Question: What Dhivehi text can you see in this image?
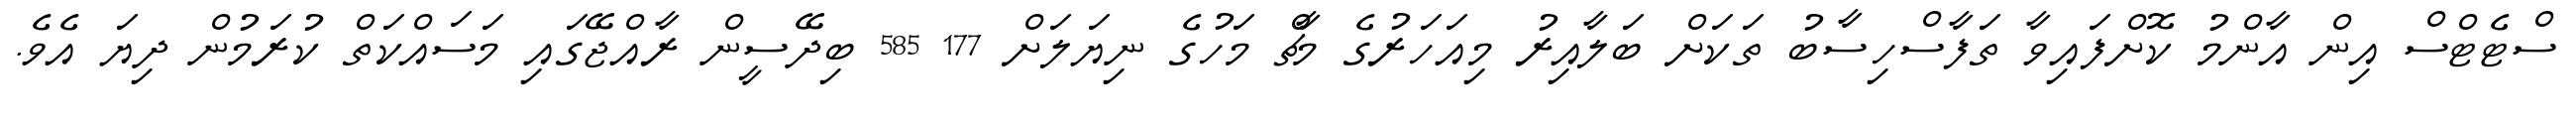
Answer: ސްޓެޓްސް އިން އާންމު ކޮށްފައިވާ ތަފާސްހިސާބު ތަކަށް ބަލާއިރު މިއަހަރުގެ މާޗް މަހުގެ ނިޔަލަށް 177 585 ބިދޭސީން ރާއްޖޭގައި މަސައްކަތް ކުރަމުން ދިޔަ އެވެ.